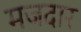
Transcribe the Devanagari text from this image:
मजदार